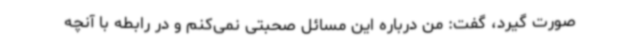
صورت گیرد، گفت: من درباره این مسائل صحبتی نمی‌کنم و در رابطه با آنچه